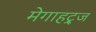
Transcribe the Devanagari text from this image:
मेगाहट्र्ज